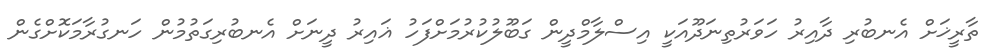
ތާރީޚަށް އެނބުރި ދާއިރު ހަވަރުތިނަދޫއަކީ އިސްލާމްދީން ގަބޫލުކުރުމަށްފަހު ޣައިރު ދީނަށް އެނބުރިގަތުމުން ހަނގުރާމަކޮށްގެން